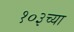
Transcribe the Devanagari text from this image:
१०३च्या